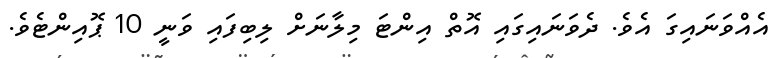
އެއްވަނައިގަ އެވެ. ދެވަނައިގައި އޮތް އިންޓަ މިލާނަށް ލިބިފައި ވަނީ 10 ޕޮއިންޓެވެ.